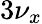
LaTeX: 3\nu_{x}